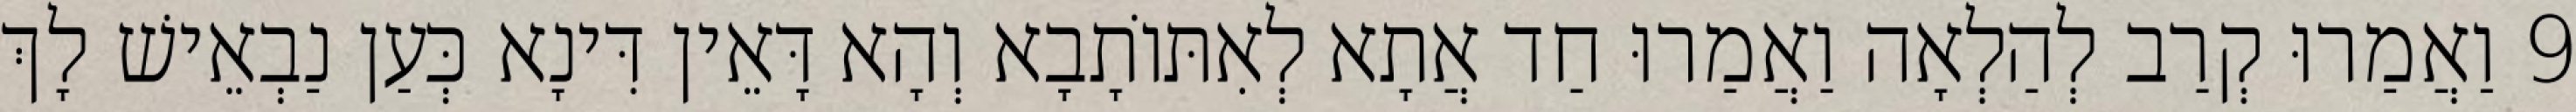
9 וַאֲמַרוּ קְרַב לְהַלְאָה וַאֲמַרוּ חַד אֲתָא לְאִתּוֹתָבָא וְהָא דָּאֵין דִּינָא כְּעַן נַבְאֵישׁ לָךְ